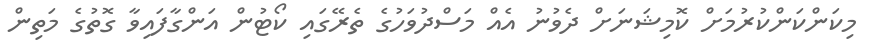
މިކަންކަންކުރުމަށް ކޮމިޝަނަށް ދެވުނު އެއް މަސްދުވަހުގެ ތެރޭގައި ކޯޓުން އަންގާފައިވާ ގޮތުގެ މަތިން